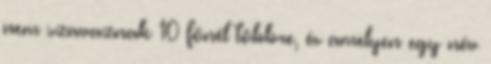
nem szavaznak 10 főnél többre, és amelyen egy név